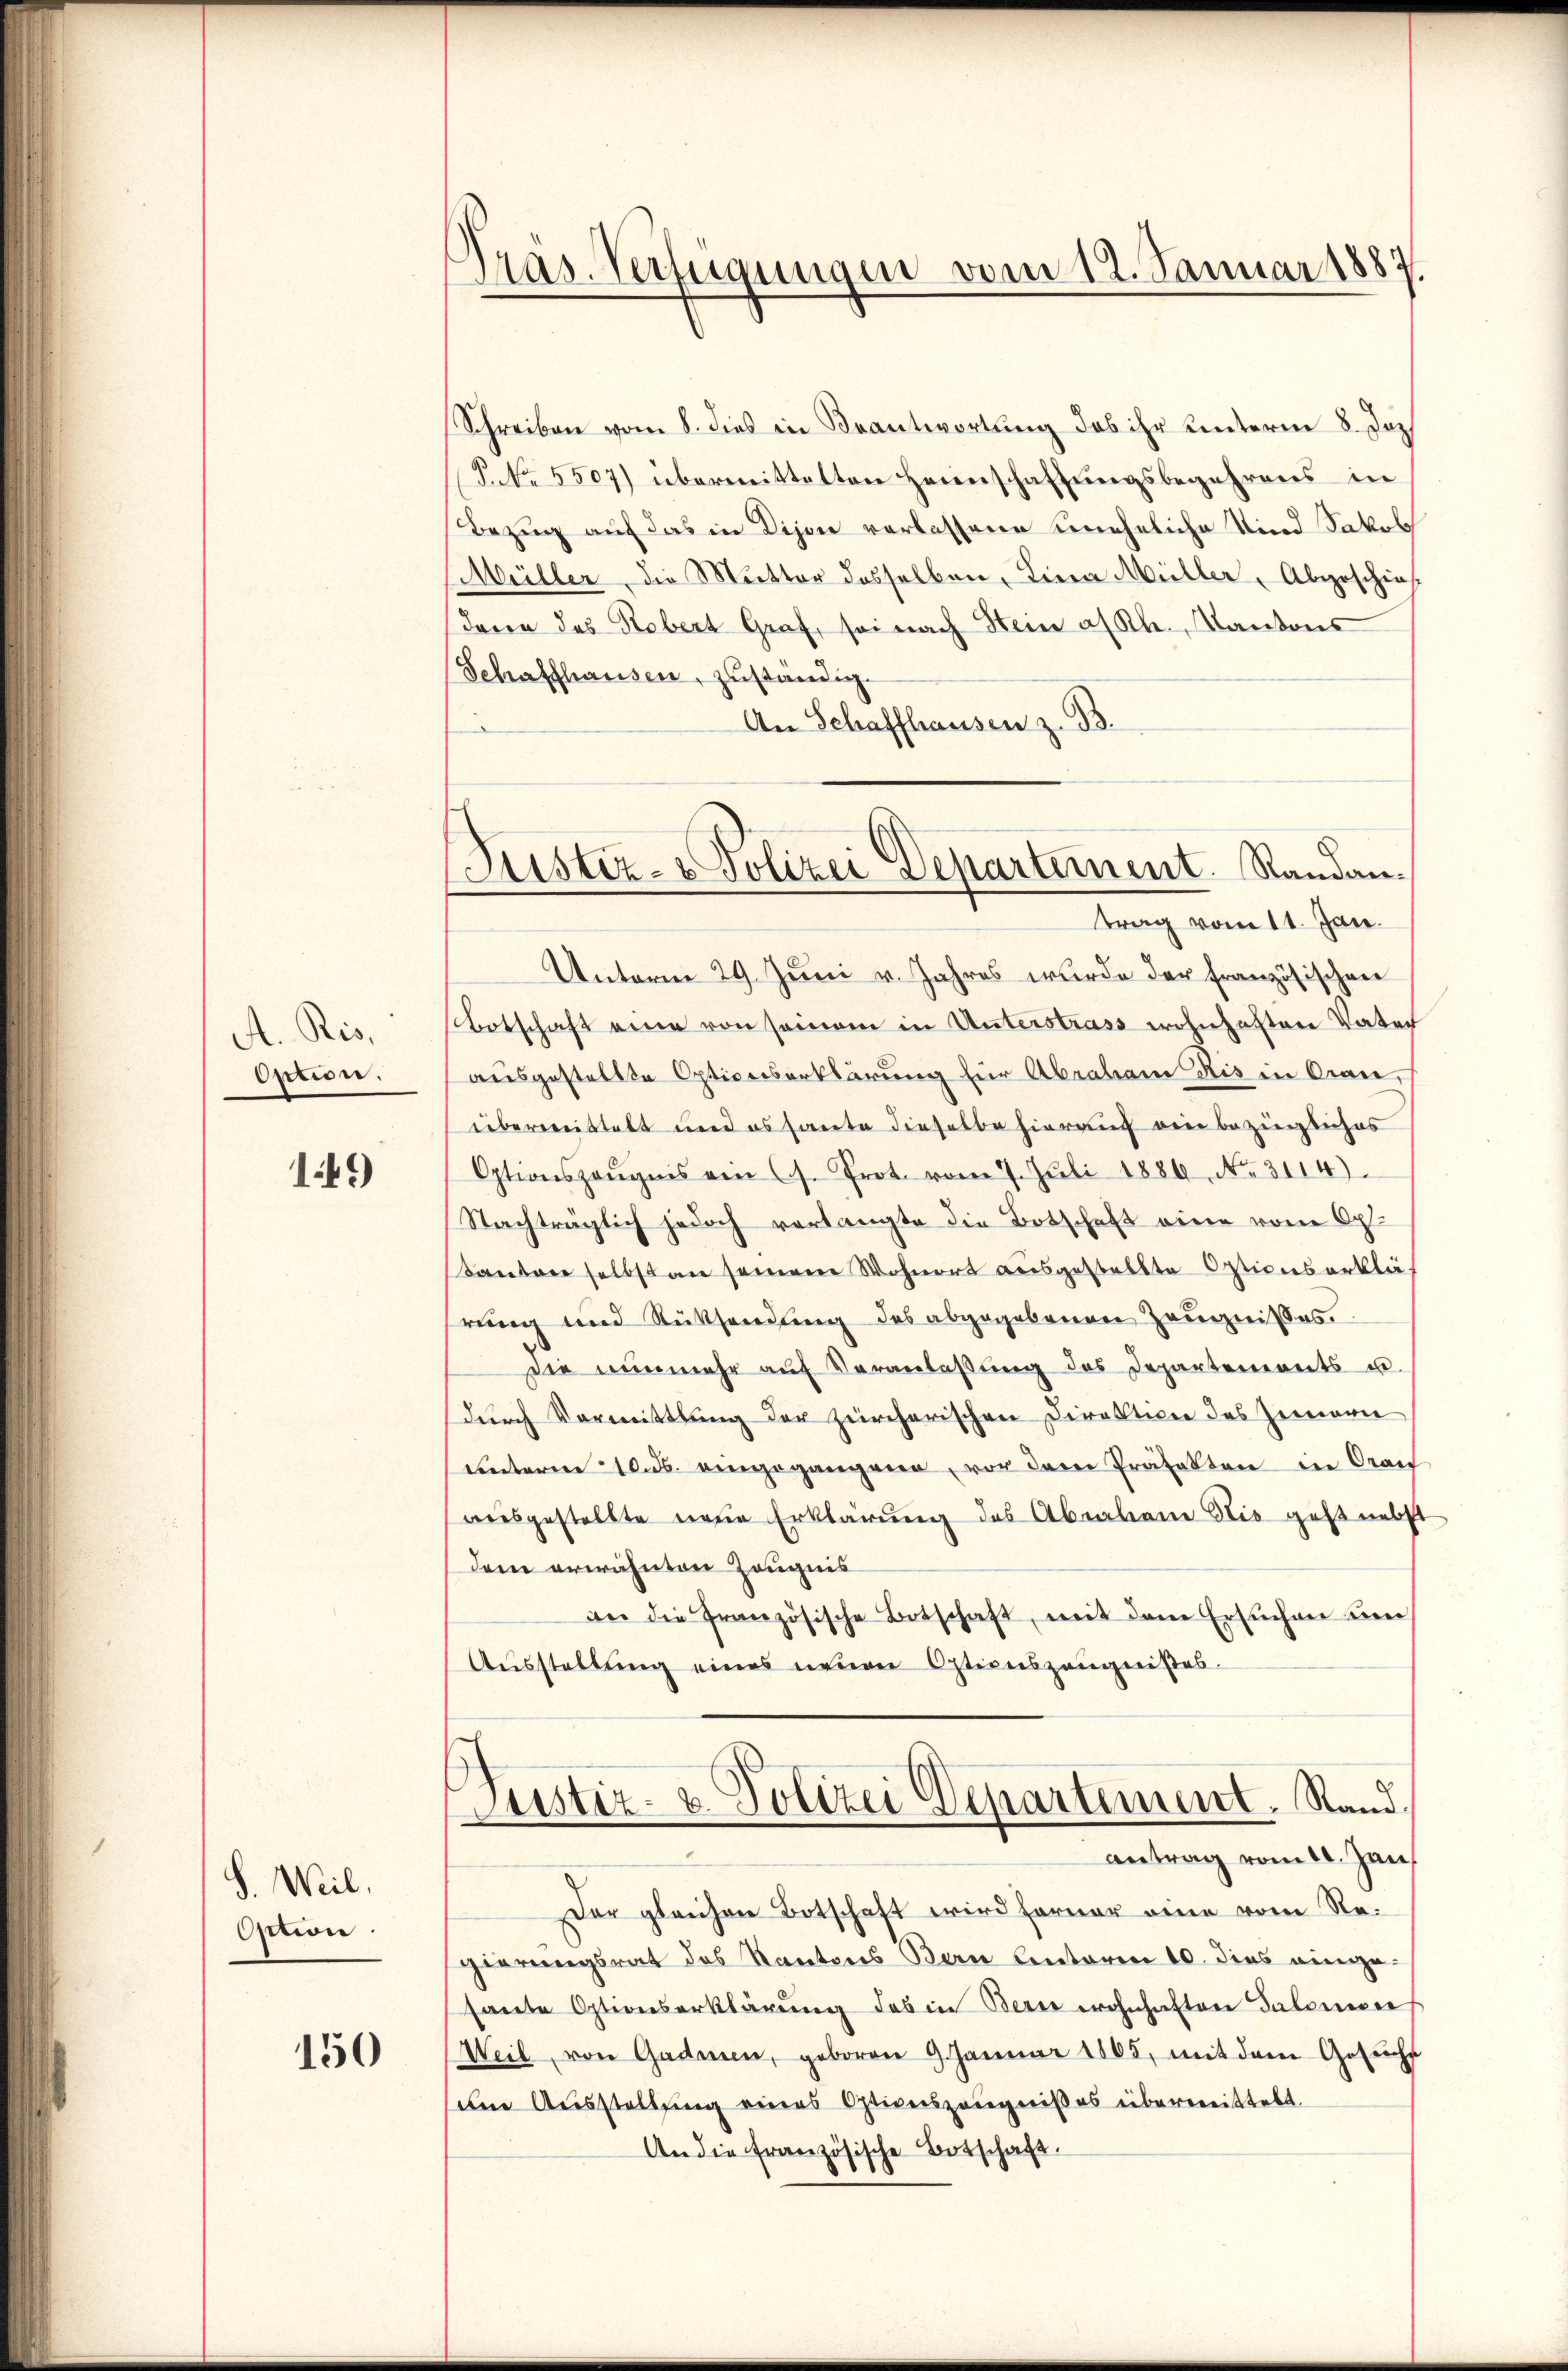
A. Ris,
Option.

149

S. Weil.
Oction.

150

Pras. Verfügungen vom 12. Januar 1887.

Justiz- & Polizei Departement. Randantrag vom 11. Jan.

Schreiben vom 8. dies in Beantwortung das ihr unterm 8. Doc
P No. 5507) übermittelten Heimschaftungsbegehrens in
Bezug auf das in Dison verlassene uneheliche Kind Jakob
Müller, die Mutter desselben, Lina Müller Abgeschieh
daren das Robert Graf, sei nach Stein al Kl. Kantons
Schaffhausen, zuständig.
An Schaffhausen z. B.
Unterm 29. Juni v. Jahres wurde der französischen
Botschaft eine von seinem in Unterstrass wohnhaften Vater
ausgestellte Optionserklärung für Abraham Ris in Oran,
überweistalt und es haute dieselbe hierauch eine beziegliches
Optionszeŭgnis ein C. Prot. vom 7. Jŭli 1886. No. 3114).
Nachträglich jedoch verlangte die Botschaft eine vom Op
Kanton selbst an seinem Wohnort ausgestellte Optionserklärung und Rücksendung des abgegebenen Zeŭgnisses.
die nŭnmehr aŭf Veranlaβŭng des Departements u.
durch Vormittlung der zürcherischen Direktion des Zimern
unterm 10. ds. angegangene, vor dem Präfekten in Orauf
ausgestellte neue Erklärung des Abrahen Sie geht nebst
dem erwähnten Zeugnis
an die französische Botschaft, mit dem Ersuchen ŭm
Ausstellung eines neuen Optionszeugnißes
Justiz- u. Polizei Departement. Rand
antrag vom 20. Jan
Der gleichen Botschaft wird ferner eine vom Regierungsrat des Kantons Bern Lentoren 10. dies eingesante Optionserklärung des in Bern wohnhaften Salomoe
Weil von Gadmen, geboren 9. Janŭar 1865, mit dem Gesuchs
um Ausstellung eines Optionszeugnißes übermittelt.
An die französische Botschaft.